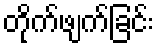
တိုက်ဖျက်ခြင်း